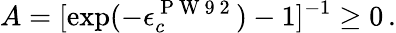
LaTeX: A=[\exp(-\epsilon_{c}^{\mathrm{~P~W~9~2~}})-1]^{-1}\geq 0\, .